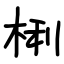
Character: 梸